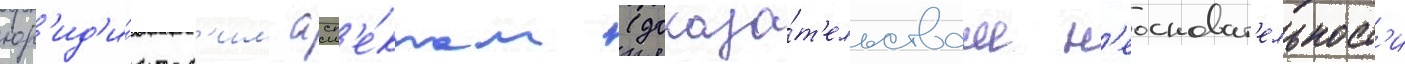
юр'ид'и́ческ'им асп'е́ктам (доказа́т'ельствам н'еосноват'ельност'и